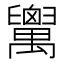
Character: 𦦷